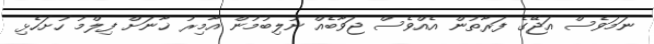
ނަމަވެސް އަޖޭގެ ފަރާތުން އެއްވެސް ޖަވާބެއް ނުލިބުމުން އާމިރު ޚާނަށް ފިލްމު ހުށަހެޅި